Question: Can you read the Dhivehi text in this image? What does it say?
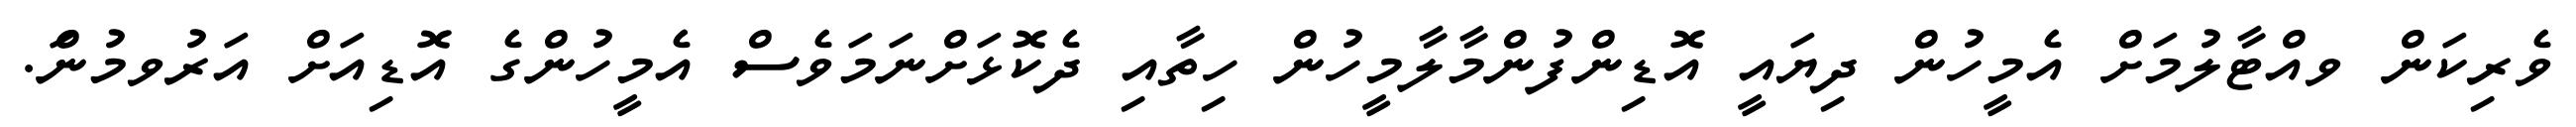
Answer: ވެރިކަން ވއްޓާލުމަށް އެމީހުން ދިޔައީ އޮޑިންފުންމާލާމީހުން ހިތާއި ދެކޮޅަށްނަމަވެސް އެމީހުންގެ އޮޑިއަށް އަރުވމުނަް.